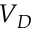
V _ { D }